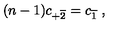
( n - 1 ) c _ { + \overline { { 2 } } } = c _ { \overline { { 1 } } } \ ,